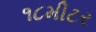
૧૮મીટર